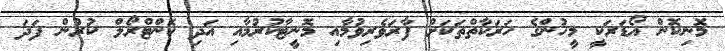
މޮނިކޮން އޯޑަރަކީ މީހުންގެ ހަރަކާތްތަކަށް ފާރަވެރިވުމާއި މޮނީޓާކުރުމާއި އަދި ކޮންޓްރޯލް ކުރުން ފަދަ